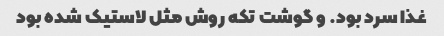
غذا سرد بود. و گوشت تکه روش مثل لاستیک شده بود